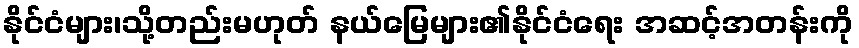
နိုင်ငံများ၊သို့တည်းမဟုတ် နယ်မြေများ၏နိုင်ငံရေး အဆင့်အတန်းကို